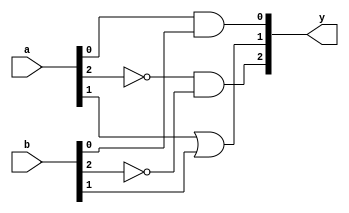
module combinational_logic_block #(
    parameter INPUT_WIDTH = 4,      // Parameter for input vector width
    parameter OUTPUT_WIDTH = 3       // Parameter for output vector width
)(
    input  wire [INPUT_WIDTH-1:0]  a,    // Input vector a
    input  wire [INPUT_WIDTH-1:0]  b,    // Input vector b
    output wire [OUTPUT_WIDTH-1:0] y    // Output vector y
);

// Internal wire declarations for intermediate results
wire [INPUT_WIDTH-1:0] and_result;   // AND result
wire [INPUT_WIDTH-1:0] or_result;    // OR result
wire [INPUT_WIDTH-1:0] not_result_a; // NOT result of input a
wire [INPUT_WIDTH-1:0] not_result_b; // NOT result of input b

// Combinational logic operations
genvar i;   // Generate variable for loop

// AND operation
generate
    for (i = 0; i < INPUT_WIDTH; i = i + 1) begin: and_gate
        assign and_result[i] = a[i] & b[i];
    end
endgenerate

// OR operation
generate
    for (i = 0; i < INPUT_WIDTH; i = i + 1) begin: or_gate
        assign or_result[i] = a[i] | b[i];
    end
endgenerate

// NOT operation
generate
    for (i = 0; i < INPUT_WIDTH; i = i + 1) begin: not_gate_a
        assign not_result_a[i] = ~a[i];
        assign not_result_b[i] = ~b[i];
    end
endgenerate

// Combine results to form the output
assign y[0] = and_result[0];              // Output 0: AND result of the first bits
assign y[1] = or_result[1];               // Output 1: OR result of the second bits
assign y[2] = not_result_a[2] & not_result_b[2]; // Output 2: AND of NOT results of the third bits

endmodule